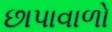
છાપાવાળો